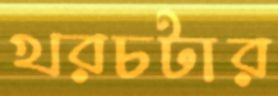
খরচটার